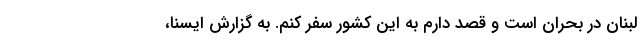
لبنان در بحران است و قصد دارم به این کشور سفر کنم. به گزارش ایسنا،